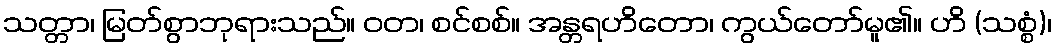
သတ္တာ၊ မြတ်စွာဘုရားသည်။ ဝတ၊ စင်စစ်။ အန္တရဟိတော၊ ကွယ်တော်မူ၏။ ဟိ (သစ္စံ)၊